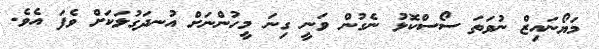
މަޔޯނައިޒް ނުވަތަ ސޯސްކޮޅު ނެގުން ވަނީ ގިނަ މީހުންނަށް އުނދަގުލަކަށް ވެފަ އެވެ.